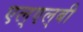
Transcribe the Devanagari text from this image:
एल्‌एल्‌बी